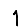
Digit: 1